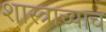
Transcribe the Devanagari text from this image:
शास्त्राच्याच